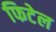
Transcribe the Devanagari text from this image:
फिटेल